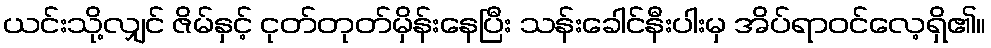
ယင်းသို့လျှင် ဇိမ်နှင့် ငုတ်တုတ်မှိန်းနေပြီး သန်းခေါင်နီးပါးမှ အိပ်ရာဝင်လေ့ရှိ၏။